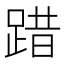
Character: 踖